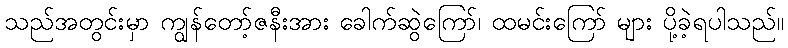
သည်အတွင်းမှာ ကျွန်တော့်ဇနီးအား ခေါက်ဆွဲကြော်၊ ထမင်းကြော် များ ပို့ခဲ့ရပါသည်။